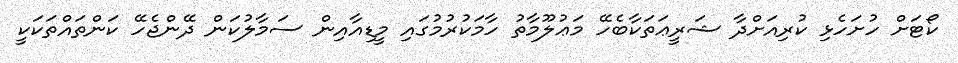
ކޯޓަށް ހުށަހެޅި ކުރިއަށްދާ ޝަރީޢަތަކާބެހޭ މަޢުލޫމާތު ހާމަކުރުމުގައި މީޑިއާއިން ސަމާލުކަން ދޭންޖެހޭ ކަންތައްތަކަކީ